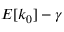
E [ k _ { 0 } ] - \gamma